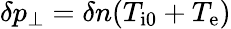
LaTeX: \delta p_{\perp}=\delta n(T_{\mathrm{i0}}+T_{\mathrm{e}})